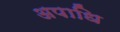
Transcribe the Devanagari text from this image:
अपाधि